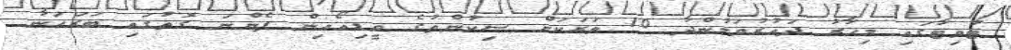
ޓުވިޓާގައި މިހާރު ދައުރުވަމުންދާ 10 ވަރަކަށް ސިކުންތުގެ ވީޑިއޯއިން ފެންނަ ގޮތުގައި ބަރަހަނާ